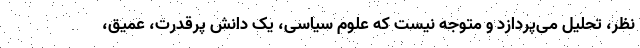
نظر، تحلیل می‌پردازد و متوجه نیست که علوم سیاسی، یک دانش پرقدرت، عمیق،